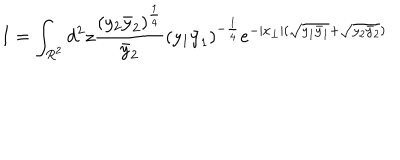
LaTeX: I = \int _ { R ^ { 2 } } d ^ { 2 } z \frac { ( y _ { 2 } \bar { y } _ { 2 } ) ^ { \frac { 1 } { 4 } } } { \bar { y } _ { 2 } } ( y _ { 1 } \bar { y } _ { 1 } ) ^ { - \frac { 1 } { 4 } } e ^ { - | x _ { \perp } | ( \sqrt { y _ { 1 } \bar { y } _ { 1 } } + \sqrt { y _ { 2 } \bar { y } _ { 2 } } ) }